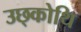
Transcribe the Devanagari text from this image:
उछ्कोथि